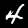
Digit: 4